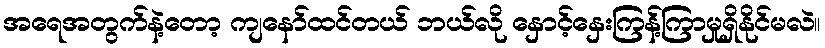
အရေအတွက်နဲ့တော့ ကျနော်ထင်တယ် ဘယ်လို နှောင့်နှေးကြန့်ကြာမှုရှိနိုင်မလဲ။